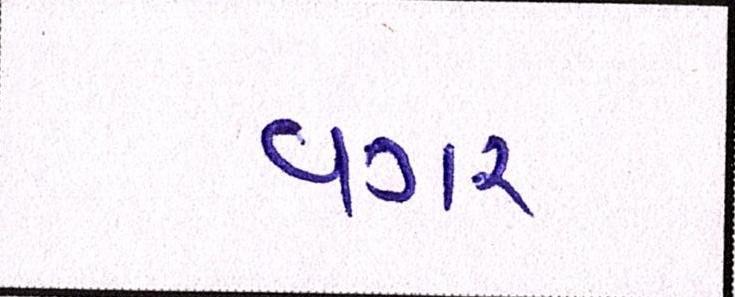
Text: વગર